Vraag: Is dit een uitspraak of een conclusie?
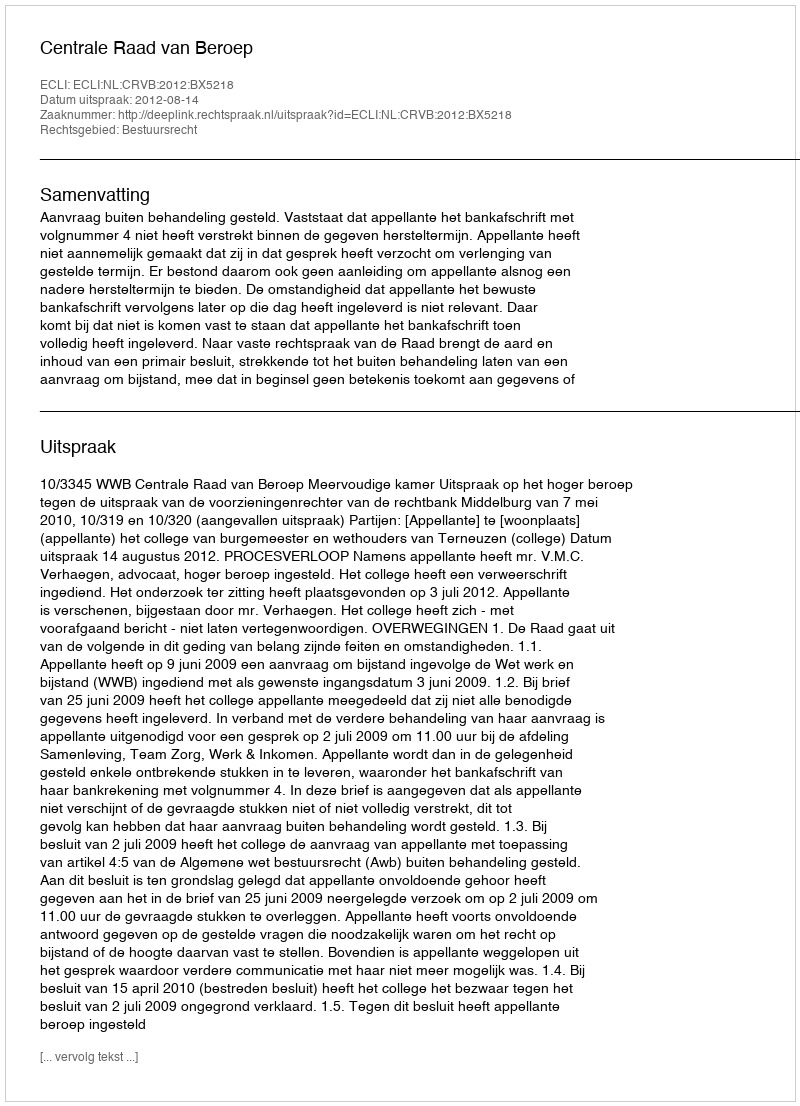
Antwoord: Uitspraak